Scottish Certificate of Education, 1963
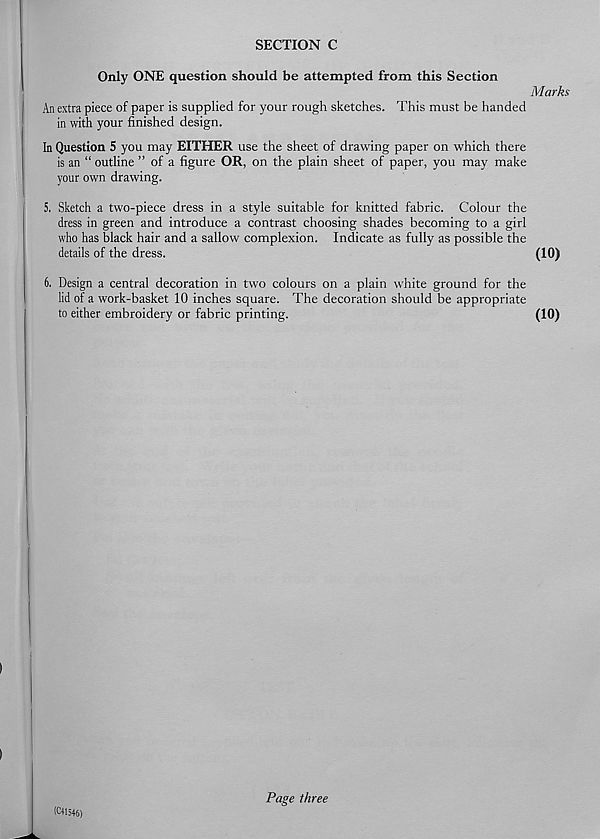
SECTION C
Only ONE question should be attempted from this Section
An extra piece of paper is supplied for your rough sketches. This must be handed
in with your finished design.
In Question 5 you may EITHER use the sheet of drawing paper on which there
is an “ outline ” of a figure OR, on the plain sheet of paper, you may make
your own drawing.
5. Sketch a two-piece dress in a style suitable for knitted fabric. Colour the
dress in green and introduce a contrast choosing shades becoming to a girl
who has black hair and a sallow complexion. Indicate as fully as possible the
details of the dress.
6. Design a central decoration in two colours on a plain white ground for the
lid of a work-basket 10 inches square. The decoration should be appropriate
to either embroidery or fabric printing.
Marks
(10)
(10)
(C41546J
Page three